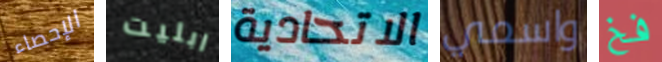
الإحصاء ابليت الاتحادية واسمي فخ